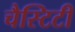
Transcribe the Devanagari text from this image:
चैस्टिटी